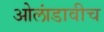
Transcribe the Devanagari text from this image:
ओलांडावीच